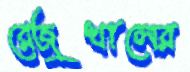
রেজুখালের